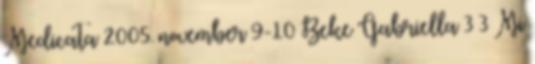
Medicata 2005. november 9-10 Beke Gabriella 3 3 Mi